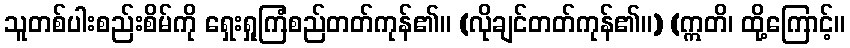
သူတစ်ပါးစည်းစိမ်ကို ရှေးရှုကြံစည်တတ်ကုန်၏။ (လိုချင်တတ်ကုန်၏။) (ဣတိ၊ ထို့ကြောင့်။